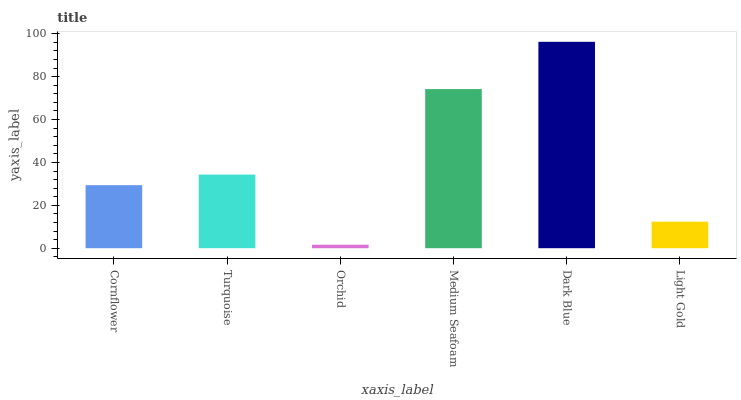
| xaxis_label | bars |
 | --- | --- |
 | Cornflower | 29.4 |
 | Turquoise | 34.3 |
 | Orchid | 1.62 |
 | Medium Seafoam | 74.2 |
 | Dark Blue | 96.2 |
 | Light Gold | 12.4 |